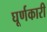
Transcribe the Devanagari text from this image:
घूर्णकारी